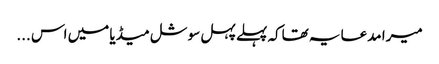
میرا مدعا یہ تھاکہ پہلے پہل سوشل میڈیا میں اس ...